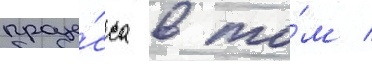
проце́сса в то́м /